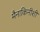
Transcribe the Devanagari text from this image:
मैनाकिनीशी